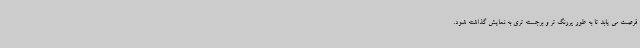
فرصت می یابد تا به طور پررنگ تر و برجسته تری به نمایش گذاشته شود.